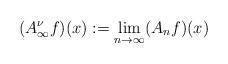
LaTeX: \begin{align*}(A^\nu_\infty f)(x) : = \lim_{n\to \infty}(A_n f)(x)\end{align*}